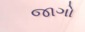
જાગો